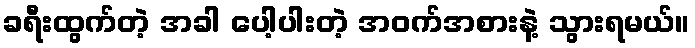
ခရီးထွက်တဲ့ အခါ ပေါ့ပါးတဲ့ အဝက်အစားနဲ့ သွားရမယ်။